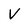
Character: v